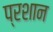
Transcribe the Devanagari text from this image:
प्रशान